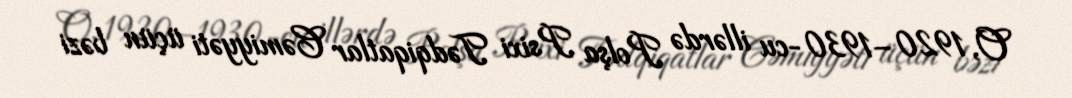
O, 1920–1930-cu illərdə Polşa Psixi Tədqiqatlar Cəmiyyəti üçün bəzi